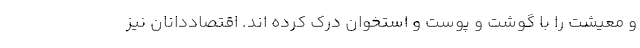
و معیشت را با گوشت و پوست و استخوان درک کرده اند. اقتصاددانان نیز